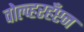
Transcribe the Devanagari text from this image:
वोल्व्हरहँप्टन